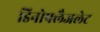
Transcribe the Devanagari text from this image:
डिनोफ्लैजलेट